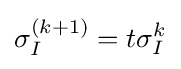
\sigma _{I}^{(k+1)}=t\sigma _{I}^{k}